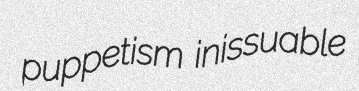
puppetism inissuable